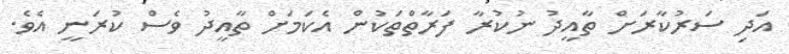
އަދި ސަރުކާރަށް ތާއީދު ނުކުރާ ފަރާތްތަކުން އެކަމަށް ތާއީދު ވެސް ކުރަނީ އެވެ.